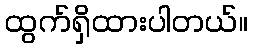
ထွက်ရှိထားပါတယ်။